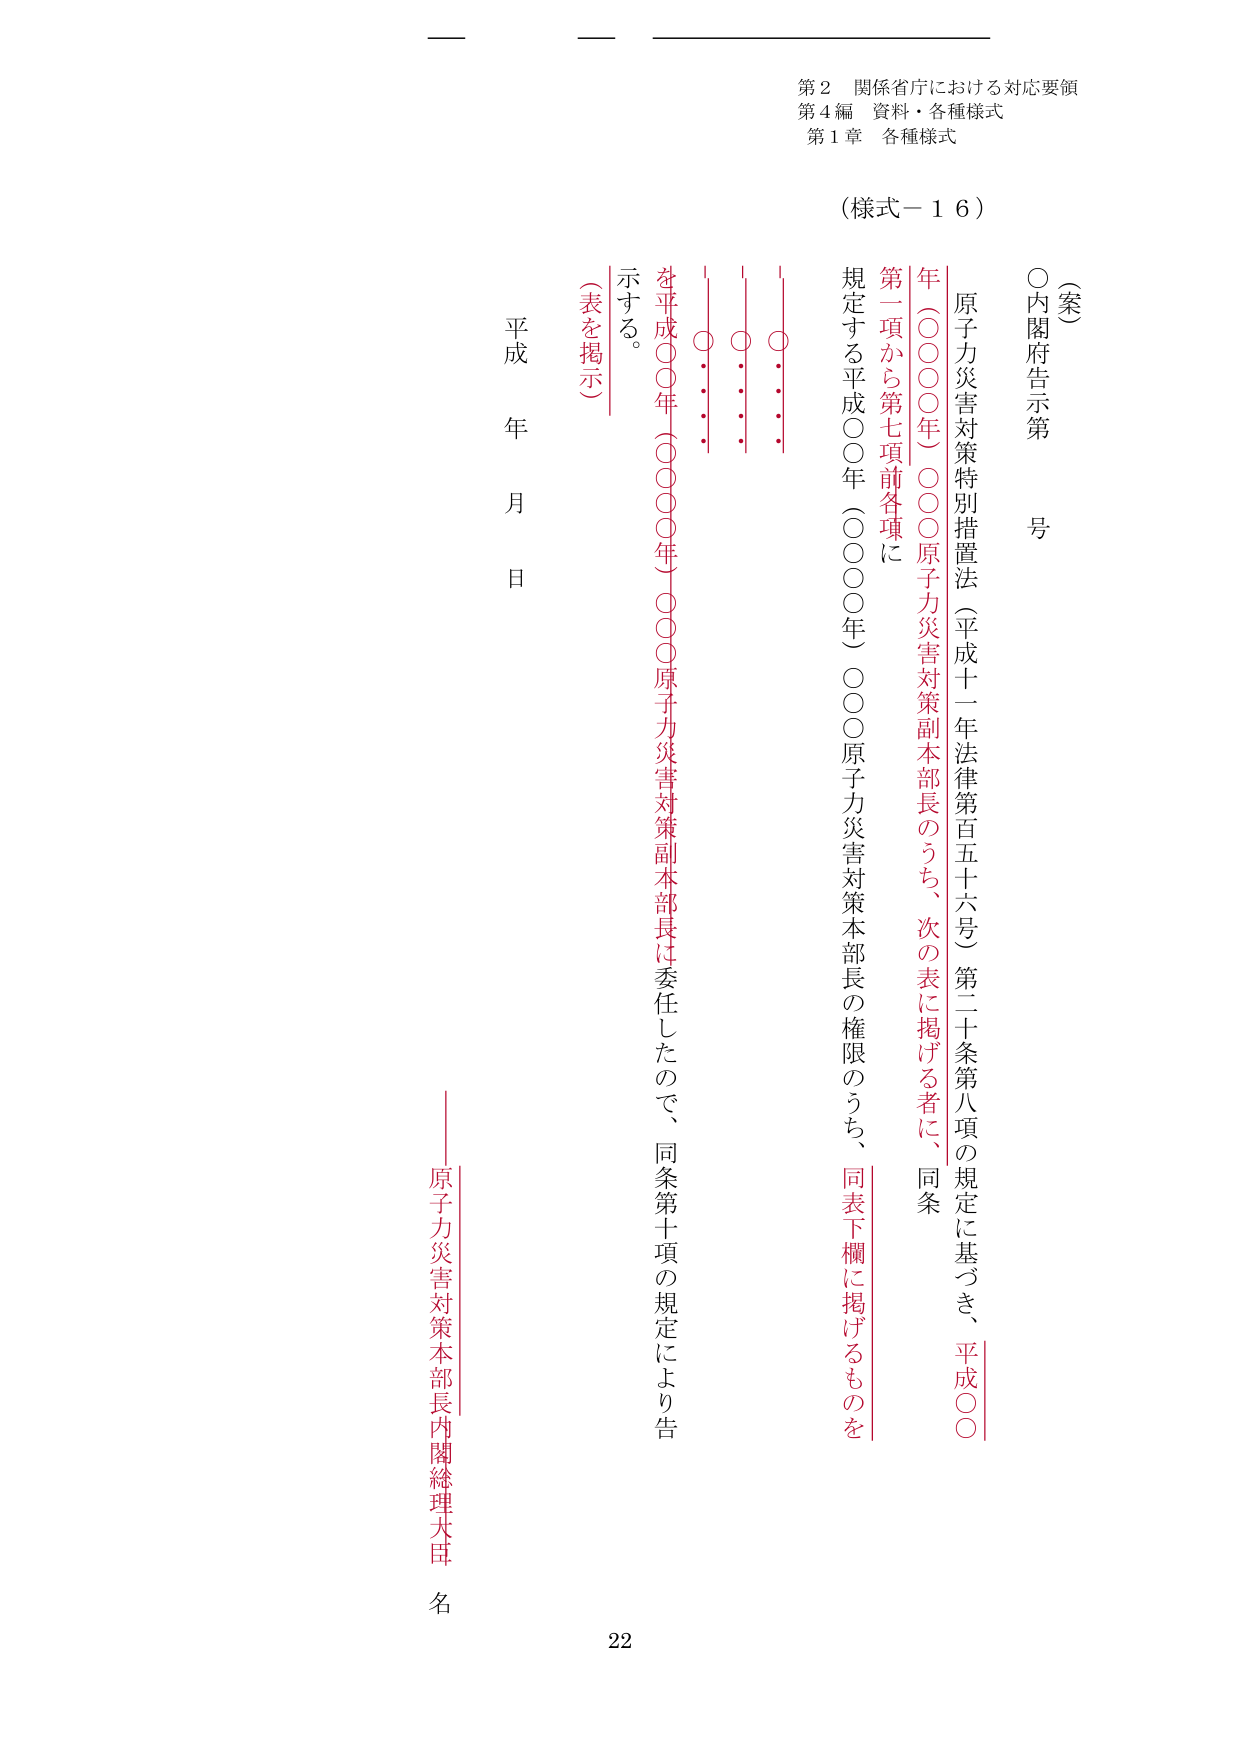
第２ 関係省庁における対応要領
第４編 資料・各種様式
第１章 各種様式

（様式－１６）

（案）
○内閣府告示第　　号

原子力災害対策特別措置法（平成十一年法律第百五十六号）第二十条第八項の規定に基づき、平成○○年（○○○○年）○○○原子力災害対策副本部長のうち、次の表に掲げる者に、同条第一項から第七項前各項に規定する平成○○年（○○○○年）○○○原子力災害対策本部長の権限のうち、同表下欄に掲げるものを示す。

（表を掲示）

平成　年　月　日

原子力災害対策本部長内閣総理大臣　名

22